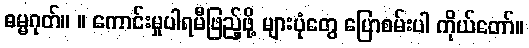
ဓမ္မဂုတ်။ ။ ကောင်းမှုပါရမီဖြည့်ဖို့ များပုံတွေ ပြောစမ်းပါ ကိုယ်တော်။